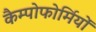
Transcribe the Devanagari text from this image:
कैम्पोफोर्मियों